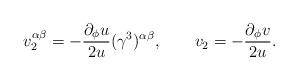
LaTeX: \begin{align*} v_2^{\alpha\beta} = -\frac{\partial_\phi u}{2u} (\gamma^3)^{\alpha\beta}, \qquad v_2 = -\frac{\partial_\phi v}{2u}.\end{align*}